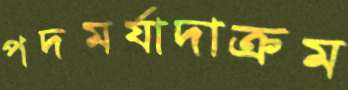
পদমর্যাদাক্রম